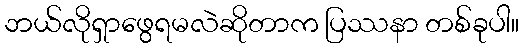
ဘယ်လိုရှာဖွေရမလဲဆိုတာက ပြဿနာ တစ်ခုပါ။